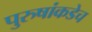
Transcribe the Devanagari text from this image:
पुरुषांकडेच